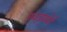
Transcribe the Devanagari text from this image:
ख़ज़ानों